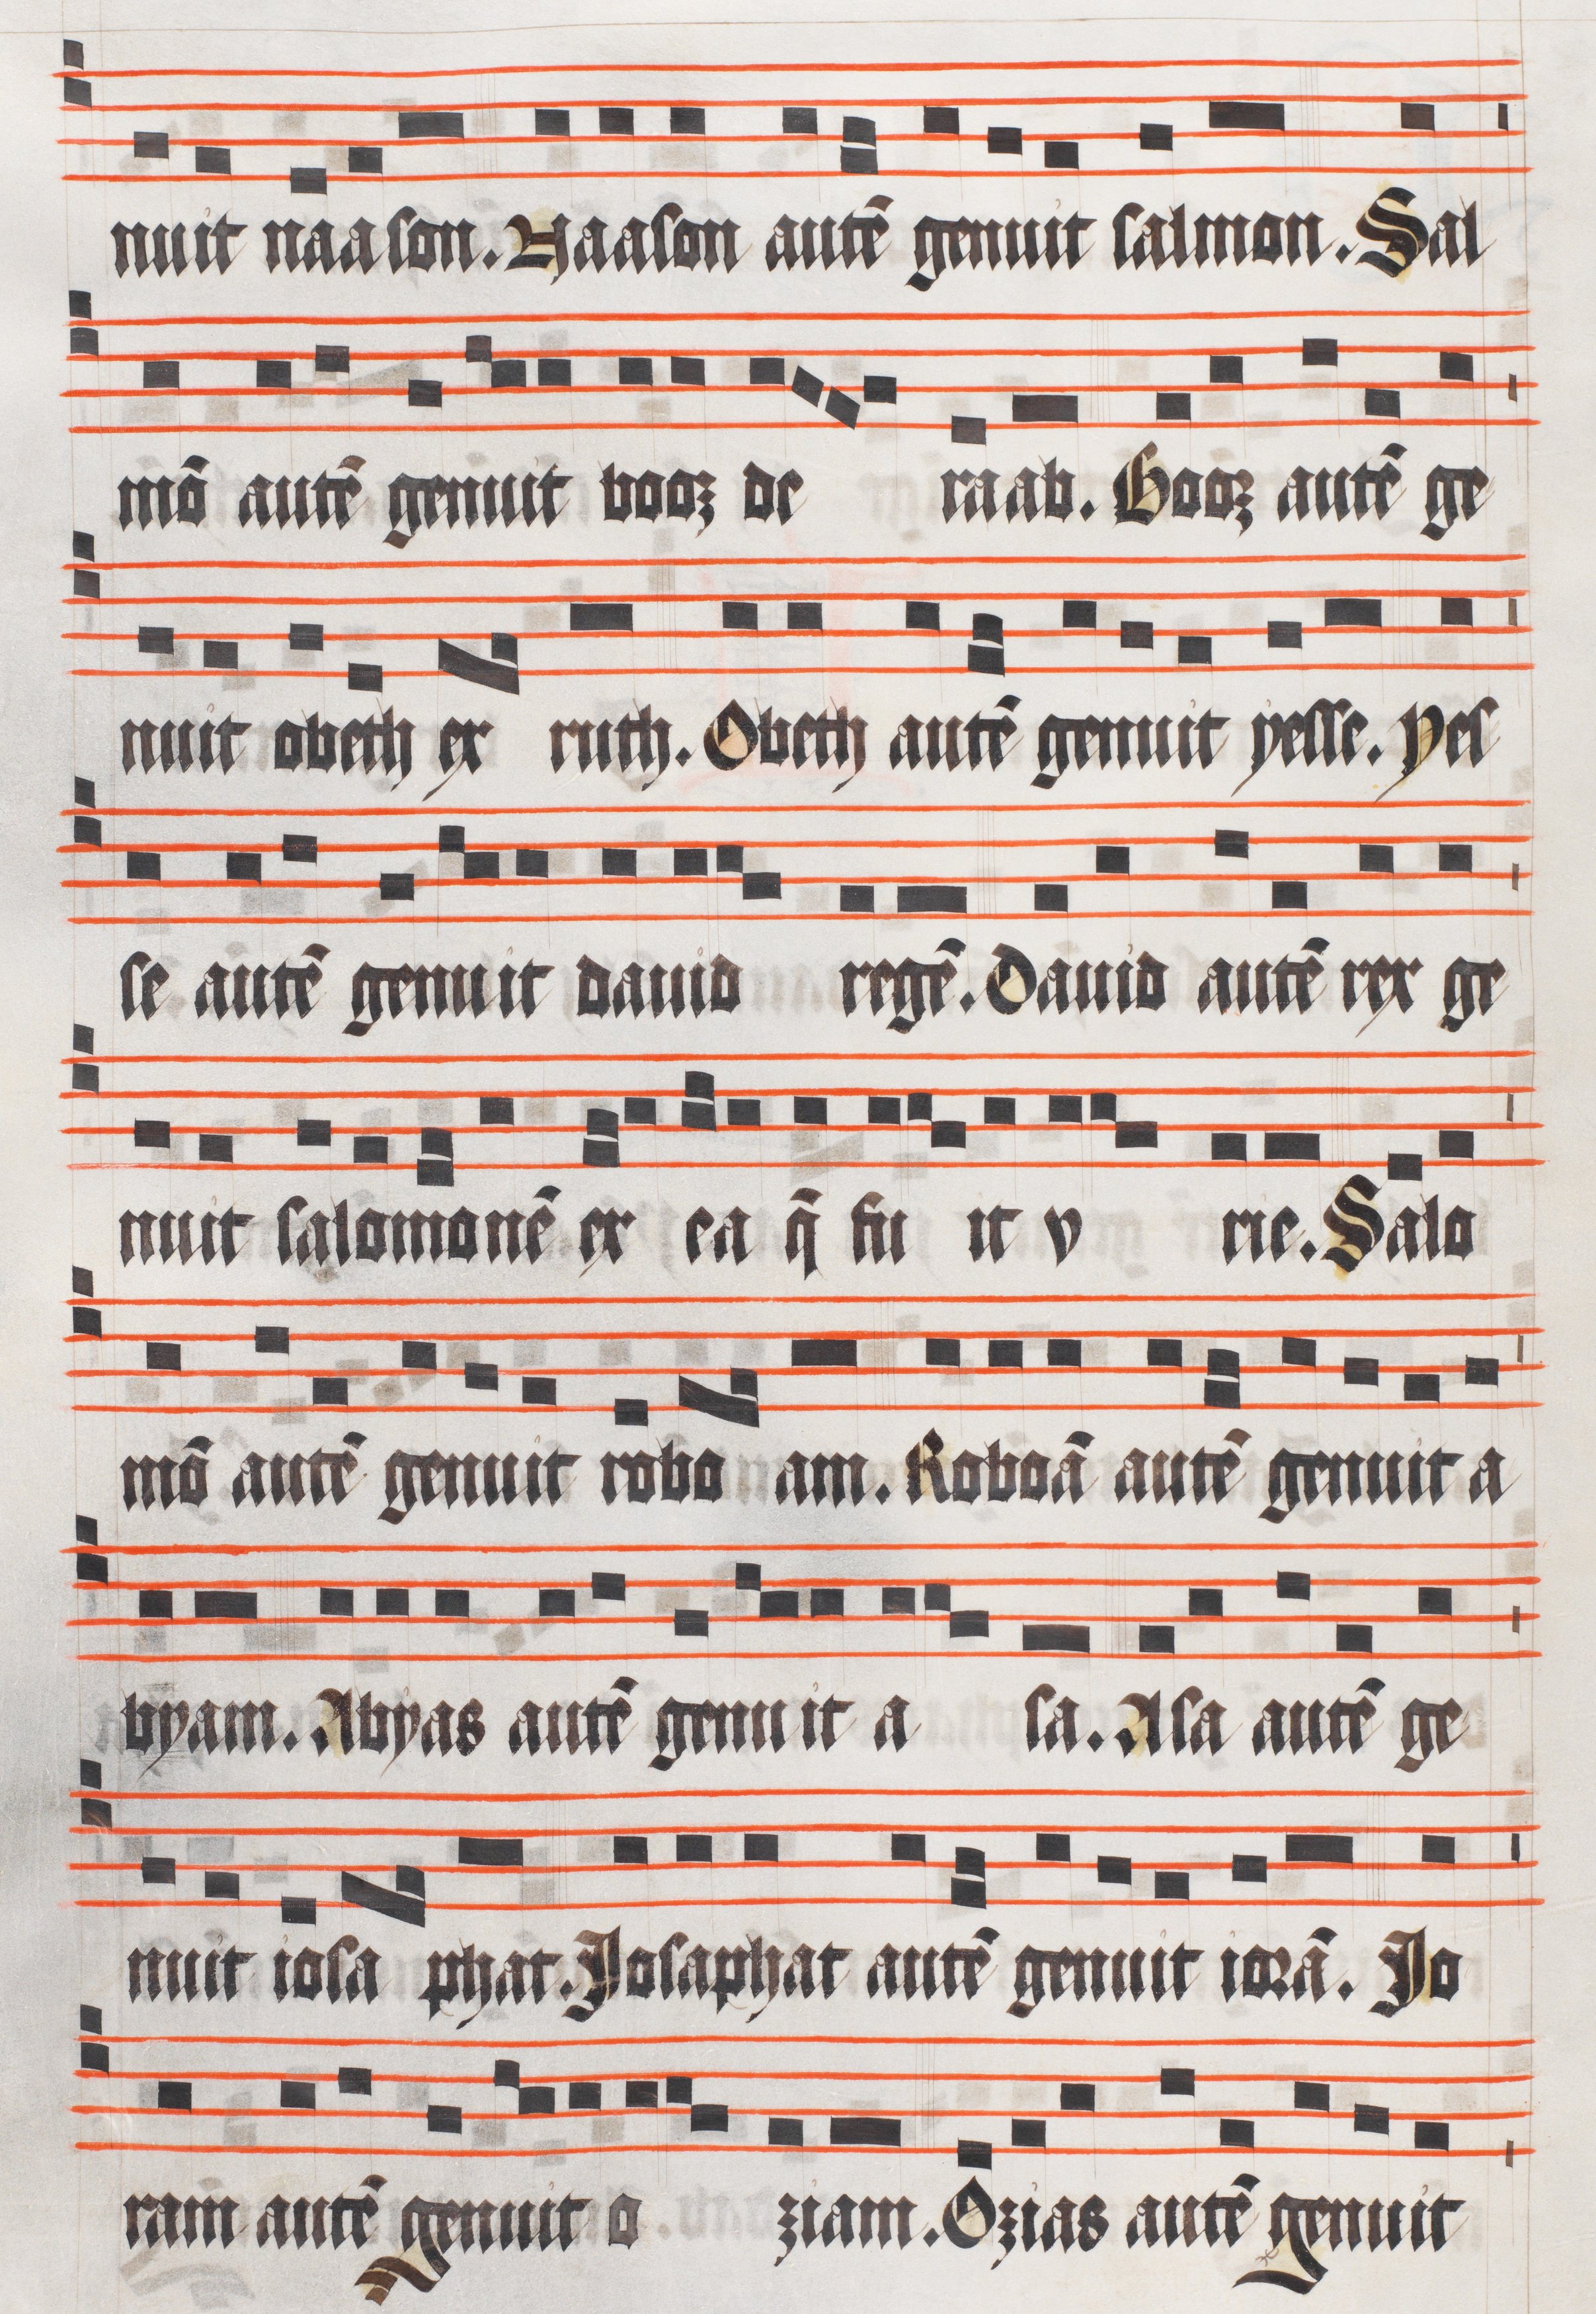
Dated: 1511–1517